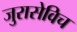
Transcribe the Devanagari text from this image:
जुरासेविच